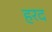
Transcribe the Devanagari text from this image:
हरद